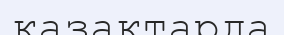
қазақтарда